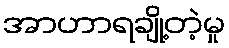
အာဟာရချို့တဲ့မှု